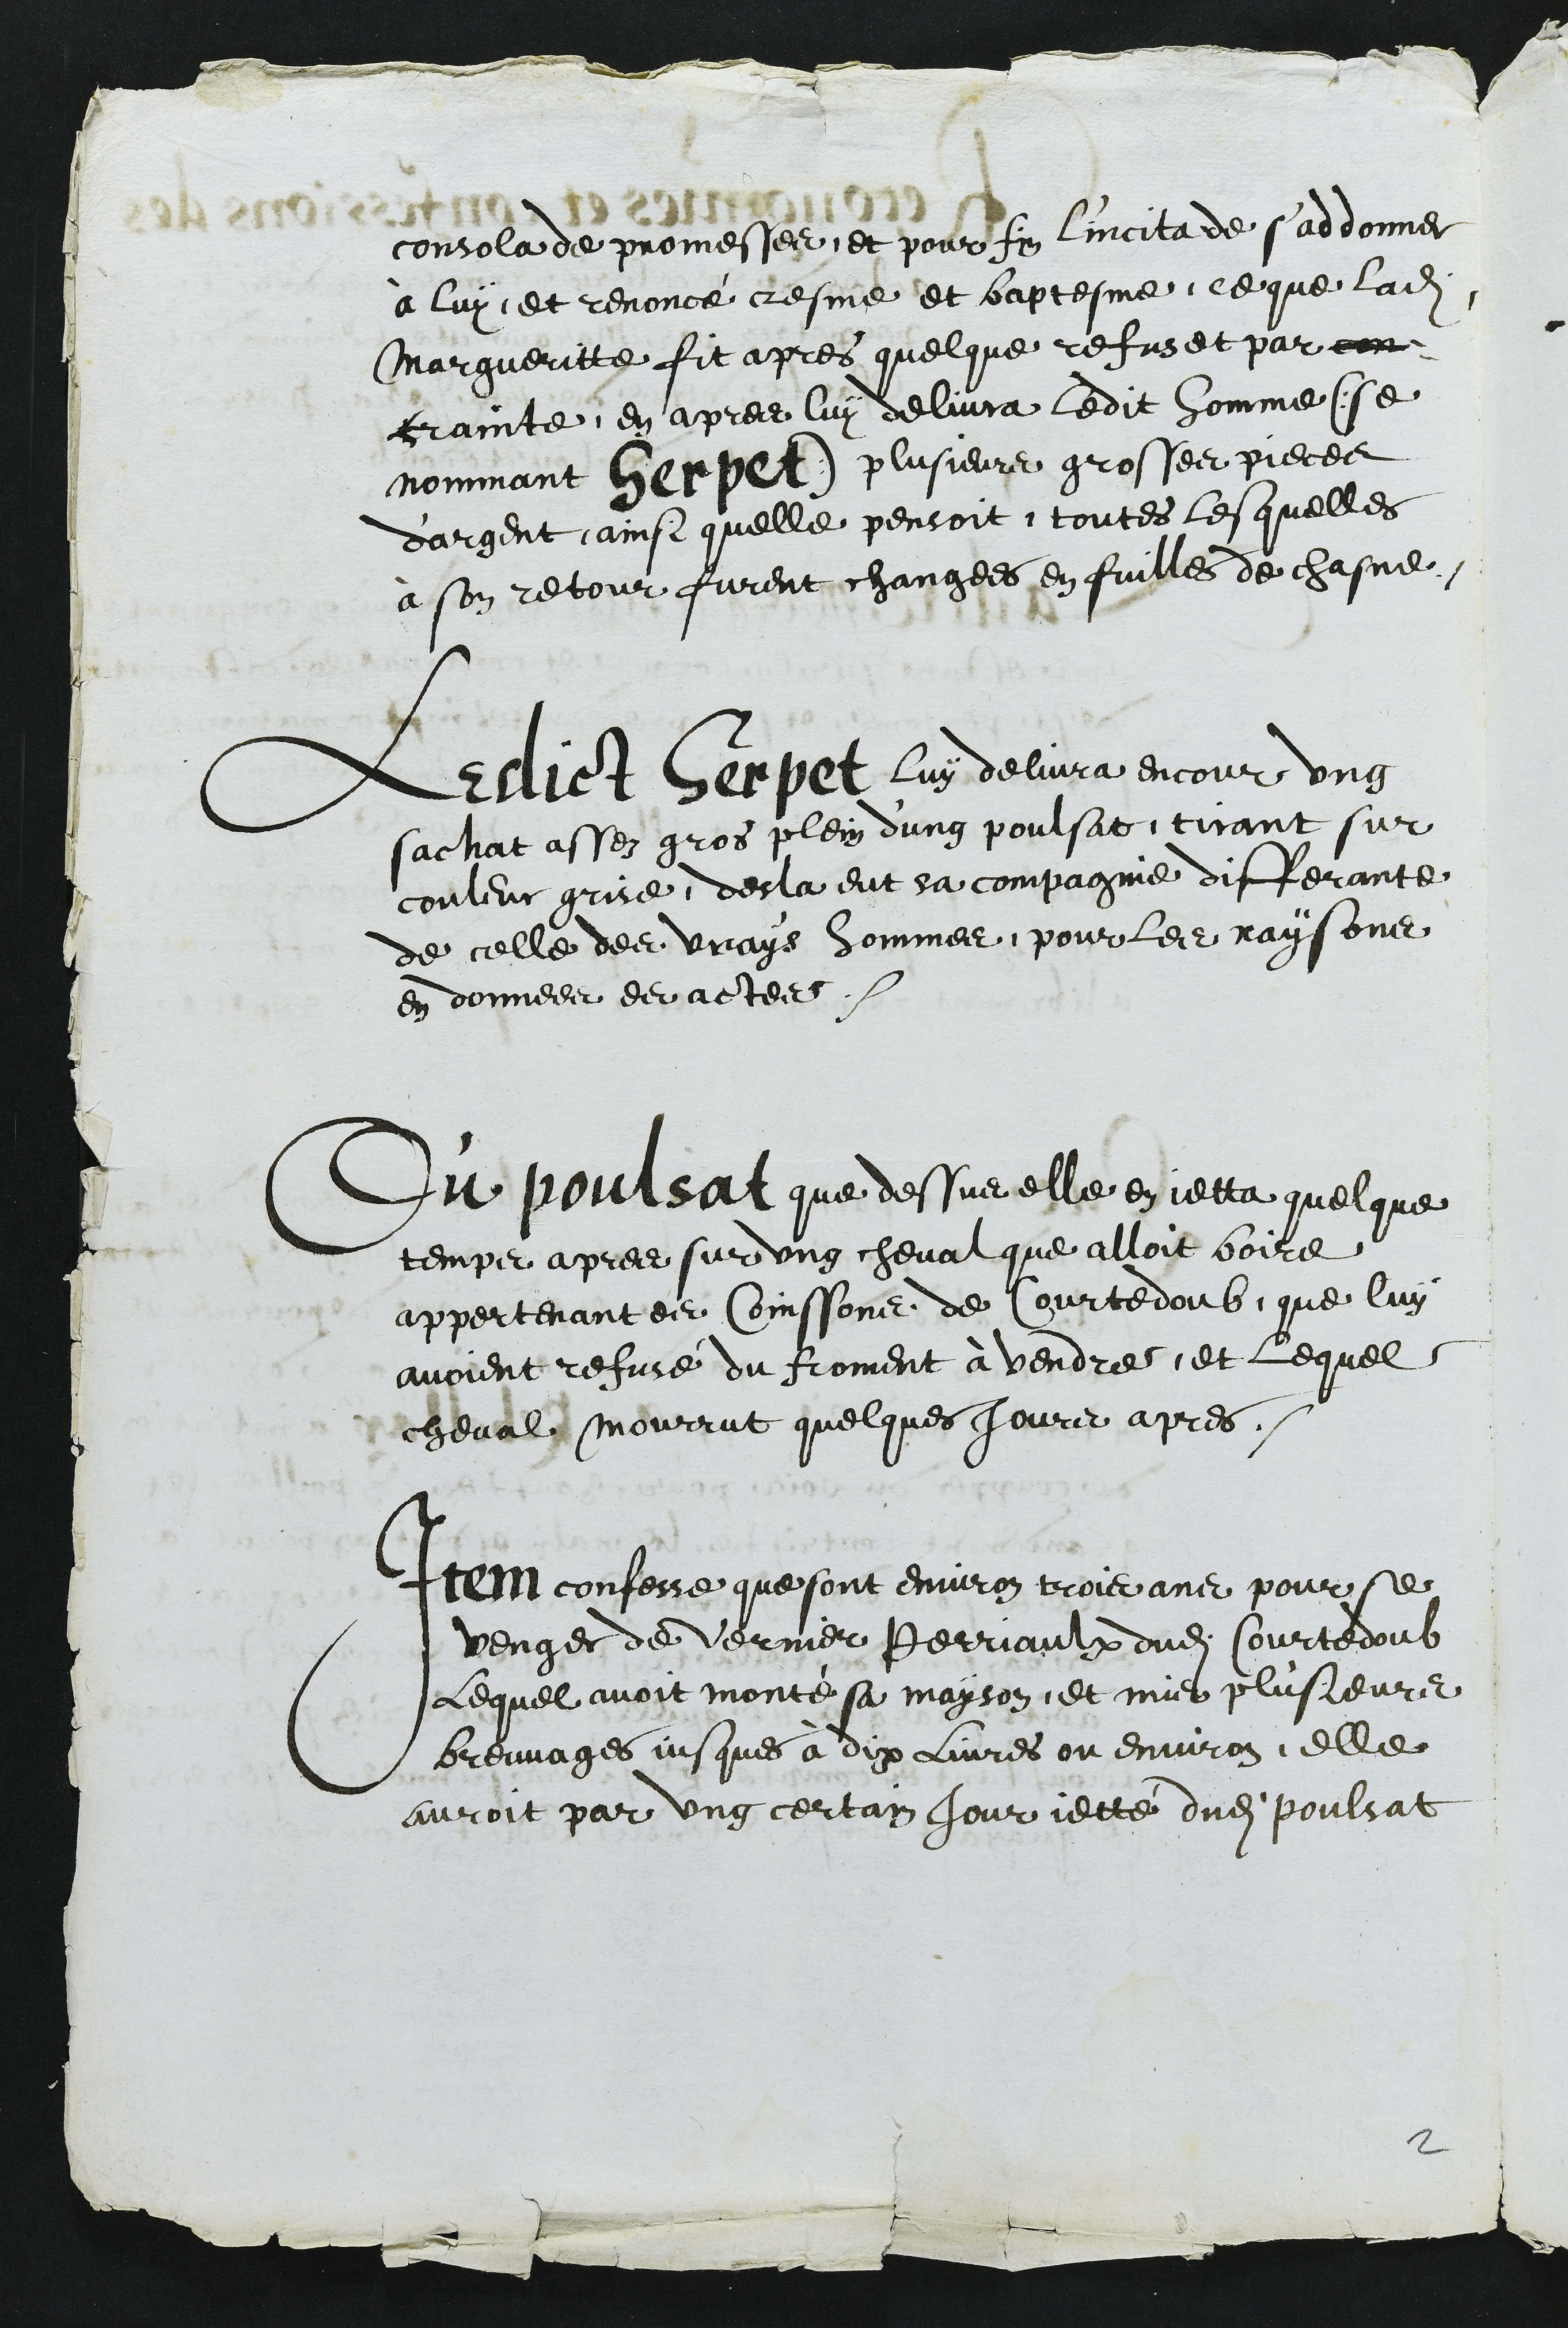
consola de promesses, et pour fin l'incita de s'addonner
à luy et renoncé cresme et baptesme, ce que ladite
Margueritte fit apres quelque refus et par con
crainte, en apres luy delivra ledit homme (se
nommant Herpet) plusieurs grosses pieces
d'argent, ainsi quelle pensoit, toutes lesquelles
à son retour furent changees en fuilles de chasne.
Ledict Herpet luy delivra encour ung
sachat assez gros plein d'ung poulsat, tirant sur
couleur grise, desla eut sa compagnie differante
de celle des vrays hommes, pour les raysons
en donnees es actes.
Du poulsat que dessus elle en jetta quelque
temps apres sur ung cheval que alloit boire
appertenant es Coissons de Courtedoub, que luy
avoient refusé du froment à vendre, et lequel
cheval mourrut quelques jours apres.
Item confesse que sont environ trois ans pour se
venger de Vernier Perriaulx dudit Courtedoub
Lequel avoit monte sa mayson, et mis plusieurs
breuvage jusques à dix livres ou environ, elle
auroit par ung certain jour jetté dudit poulsat

2